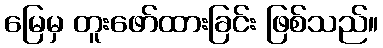
မြေမှ တူးဖော်ထားခြင်း ဖြစ်သည်။